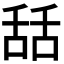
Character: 𦧚